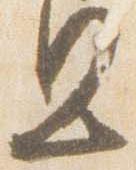
旦